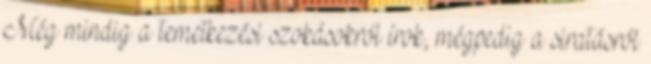
Még mindig a temetkezési szokásokról írok, mégpedig a siratásról